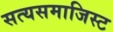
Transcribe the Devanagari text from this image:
सत्यसमाजिस्ट